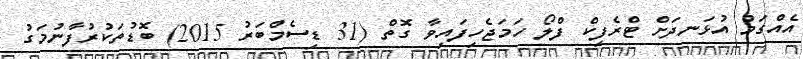
އެއްގަމު އުޅަނދަށް ޓްރެފިކް ފްލޯ ހަމަޖެހިފައިވާ ގޮތް (31 ޑިސެމްބަރު 2015) ބޮޑުތަކުރުފާނުމަގު